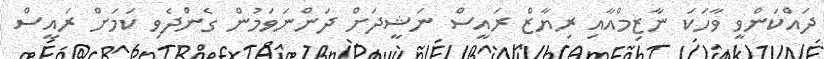
ދައްކަންވީ ވާހަކަ ނާޒިމްއާއި ރިޔާޒް ރައީސް ނަޝީދަށް ދަންނަވަމުން ގެންދެވި ކަމަށް ރައީސް